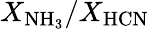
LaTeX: X_{\mathrm{NH_{3}}}/X_{\mathrm{HCN}}